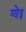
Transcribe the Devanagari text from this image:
ग्वेइ